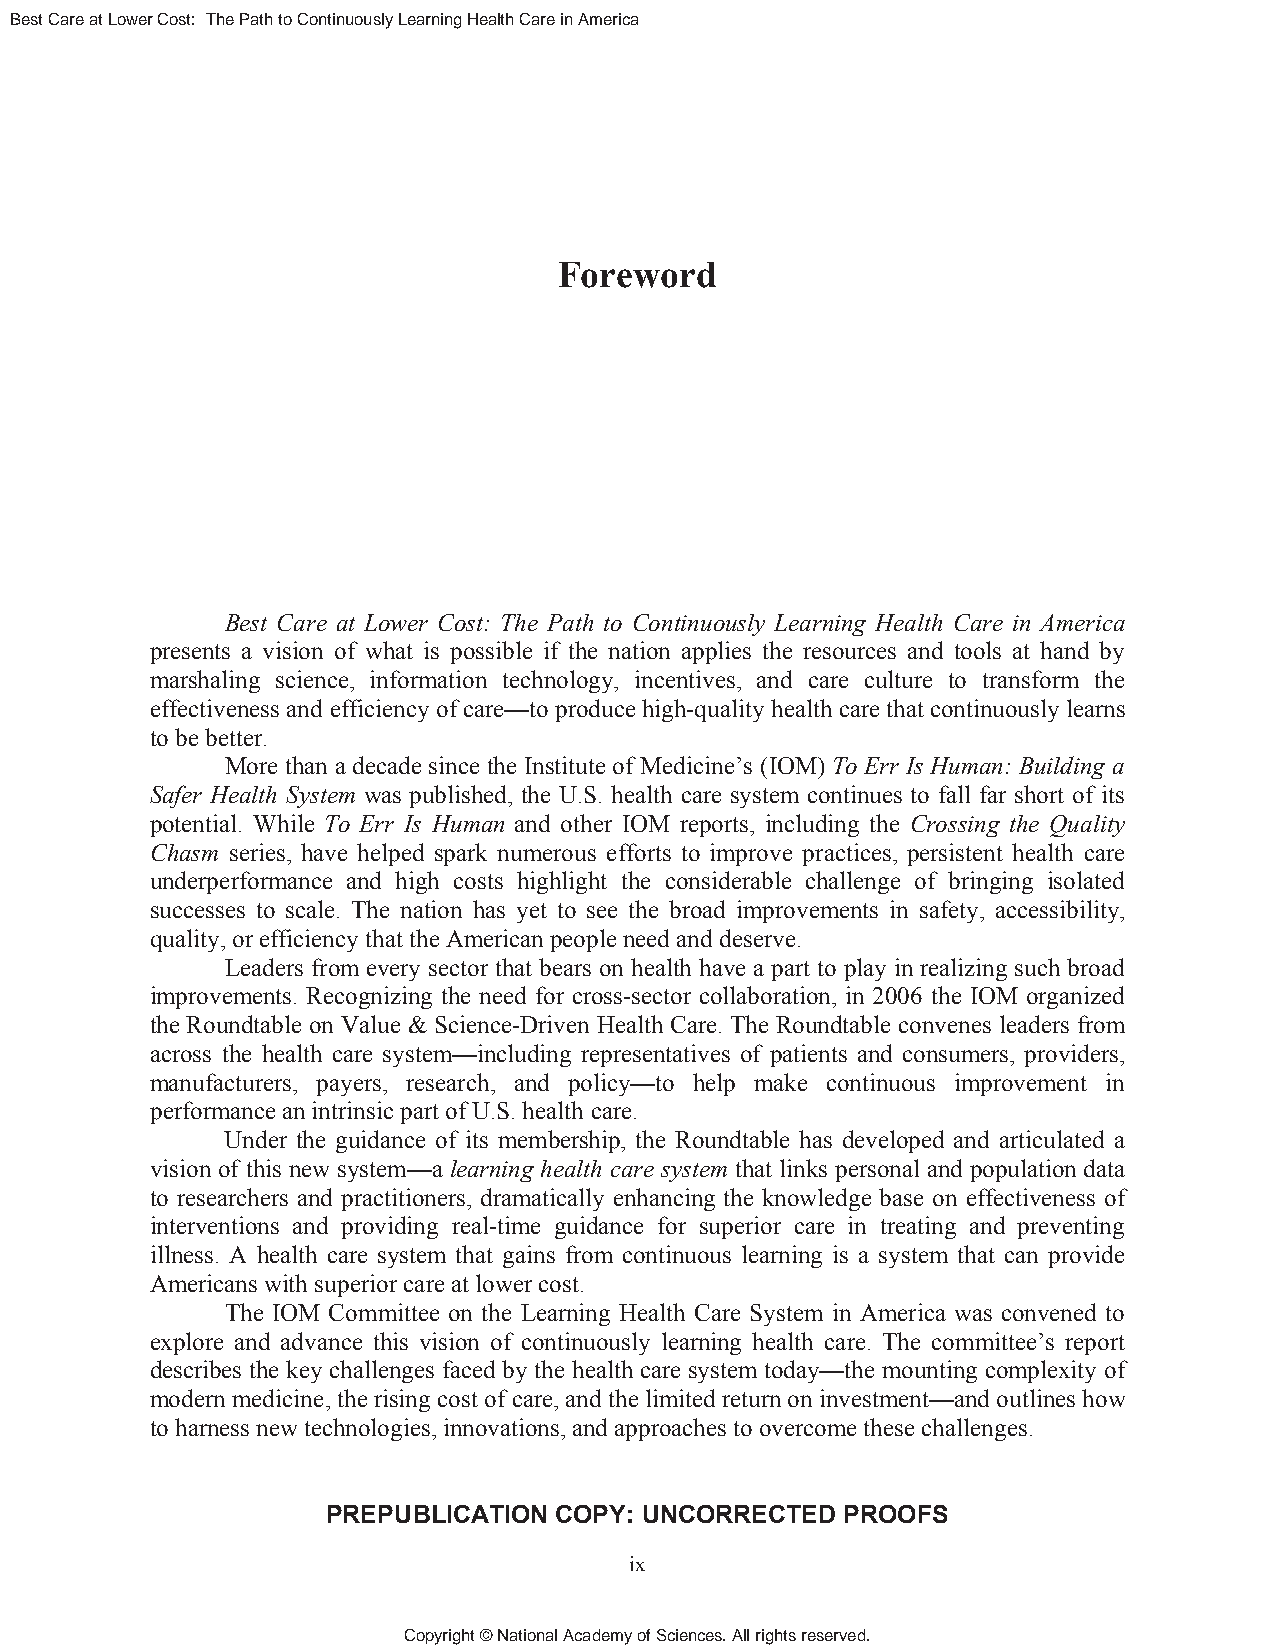
Best Care at Lower Cost: The Path to Continuously Learning Health Care in America
 Foreword
 Best Care at Lower Cost: The Path to Continuously Learning Health Care in America
 presents a vision of what is possible if the nation applies the resources and tools at hand by
 marshaling science, information technology, incentives, and care culture to transform the
 effectiveness and efficiency of care—to produce high-quality health care that continuously learns
 to be better.
 More than a decade since the Institute of Medicine’s (IOM) To Err Is Human: Building a
 Safer Health System was published, the U.S. health care system continues to fall far short of its
 potential. While To Err Is Human and other IOM reports, including the Crossing the Quality
 Chasm series, have helped spark numerous efforts to improve practices, persistent health care
 underperformance and high costs highlight the considerable challenge of bringing isolated
 successes to scale. The nation has yet to see the broad improvements in safety, accessibility,
 quality, or efficiency that the American people need and deserve.
 Leaders from every sector that bears on health have a part to play in realizing such broad
 improvements. Recognizing the need for cross-sector collaboration, in 2006 the IOM organized
 the Roundtable on Value & Science-Driven Health Care. The Roundtable convenes leaders from
 across the health care system—including representatives of patients and consumers, providers,
 manufacturers, payers, research, and policy—to help make continuous improvement in
 performance an intrinsic part of U.S. health care.
 Under the guidance of its membership, the Roundtable has developed and articulated a
 vision of this new system—a learning health care system that links personal and population data
 to researchers and practitioners, dramatically enhancing the knowledge base on effectiveness of
 interventions and providing real-time guidance for superior care in treating and preventing
 illness. A health care system that gains from continuous learning is a system that can provide
 Americans with superior care at lower cost.
 The IOM Committee on the Learning Health Care System in America was convened to
 explore and advance this vision of continuously learning health care. The committee’s report
 describes the key challenges faced by the health care system today—the mounting complexity of
 modern medicine, the rising cost of care, and the limited return on investment—and outlines how
 to harness new technologies, innovations, and approaches to overcome these challenges.
 PREPUBLICATION COPY: UNCORRECTED  PROOFS
 ix
 Copyright © National Academy of Sciences. All rights reserved.